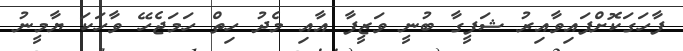
ފާހަގަކޮށްފައިވާއިރު ޝަފީގާ ބުނީ ވަޒީފާ އާއި މެދު ހިތް ހަމަޖެހޭ ވާހަކަ ޔާމީނު